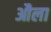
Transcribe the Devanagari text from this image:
औला